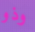
وذو